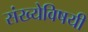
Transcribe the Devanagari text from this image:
संख्येविषयी